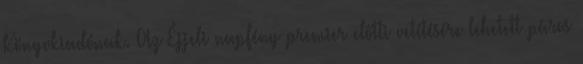
Könyvkiadónak. Az Éjjeli napfény premier előtti vetítésére lehetett páros